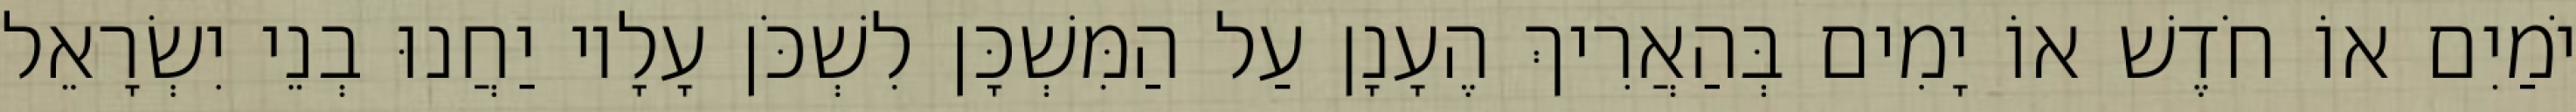
יֹמַיִם אוֹ חֹדֶשׁ אוֹ יָמִים בְּהַאֲרִיךְ הֶעָנָן עַל הַמִּשְׁכָּן לִשְׁכֹּן עָלָיו יַחֲנוּ בְנֵי יִשְׂרָאֵל